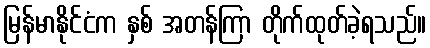
မြန်မာနိုင်ငံက နှစ် အတန်ကြာ တိုက်ထုတ်ခဲ့ရသည်။